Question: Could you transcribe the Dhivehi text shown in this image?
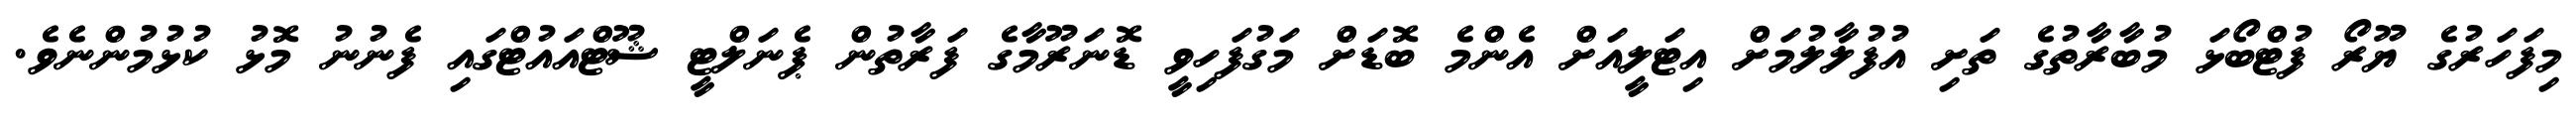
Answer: މިފަހަރުގެ ޔޫރޯ ފުޓްބޯޅަ މުބާރާތުގެ ތަށި އުފުލާލުމަށް އިޓަލީއަށް އެންމެ ބޮޑަށް މަގުފަހިވީ ޑޮނަރޫމާގެ ފަރާތުން ޕެނަލްޓީ ޝޫޓްއައުޓްގައި ފެނުނު މޮޅު ކުޅުމުންނެވެ.